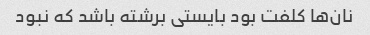
نان‌ها کلفت بود بایستی برشته باشد که نبود